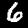
Label: 6